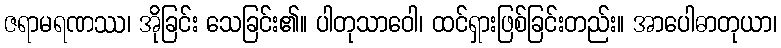
ဇရာမရဏဿ၊ အိုခြင်း သေခြင်း၏။ ပါတုသာဝေါ၊ ထင်ရှားဖြစ်ခြင်းတည်း။ အာပေါဓာတုယာ၊